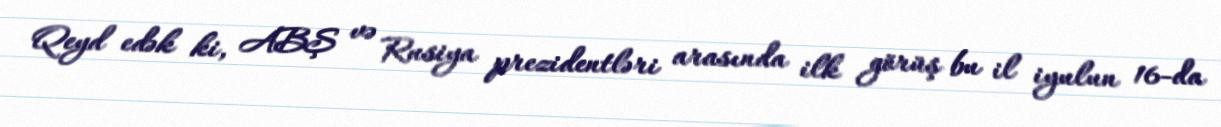
Qeyd edək ki, ABŞ və Rusiya prezidentləri arasında ilk görüş bu il iyulun 16-da